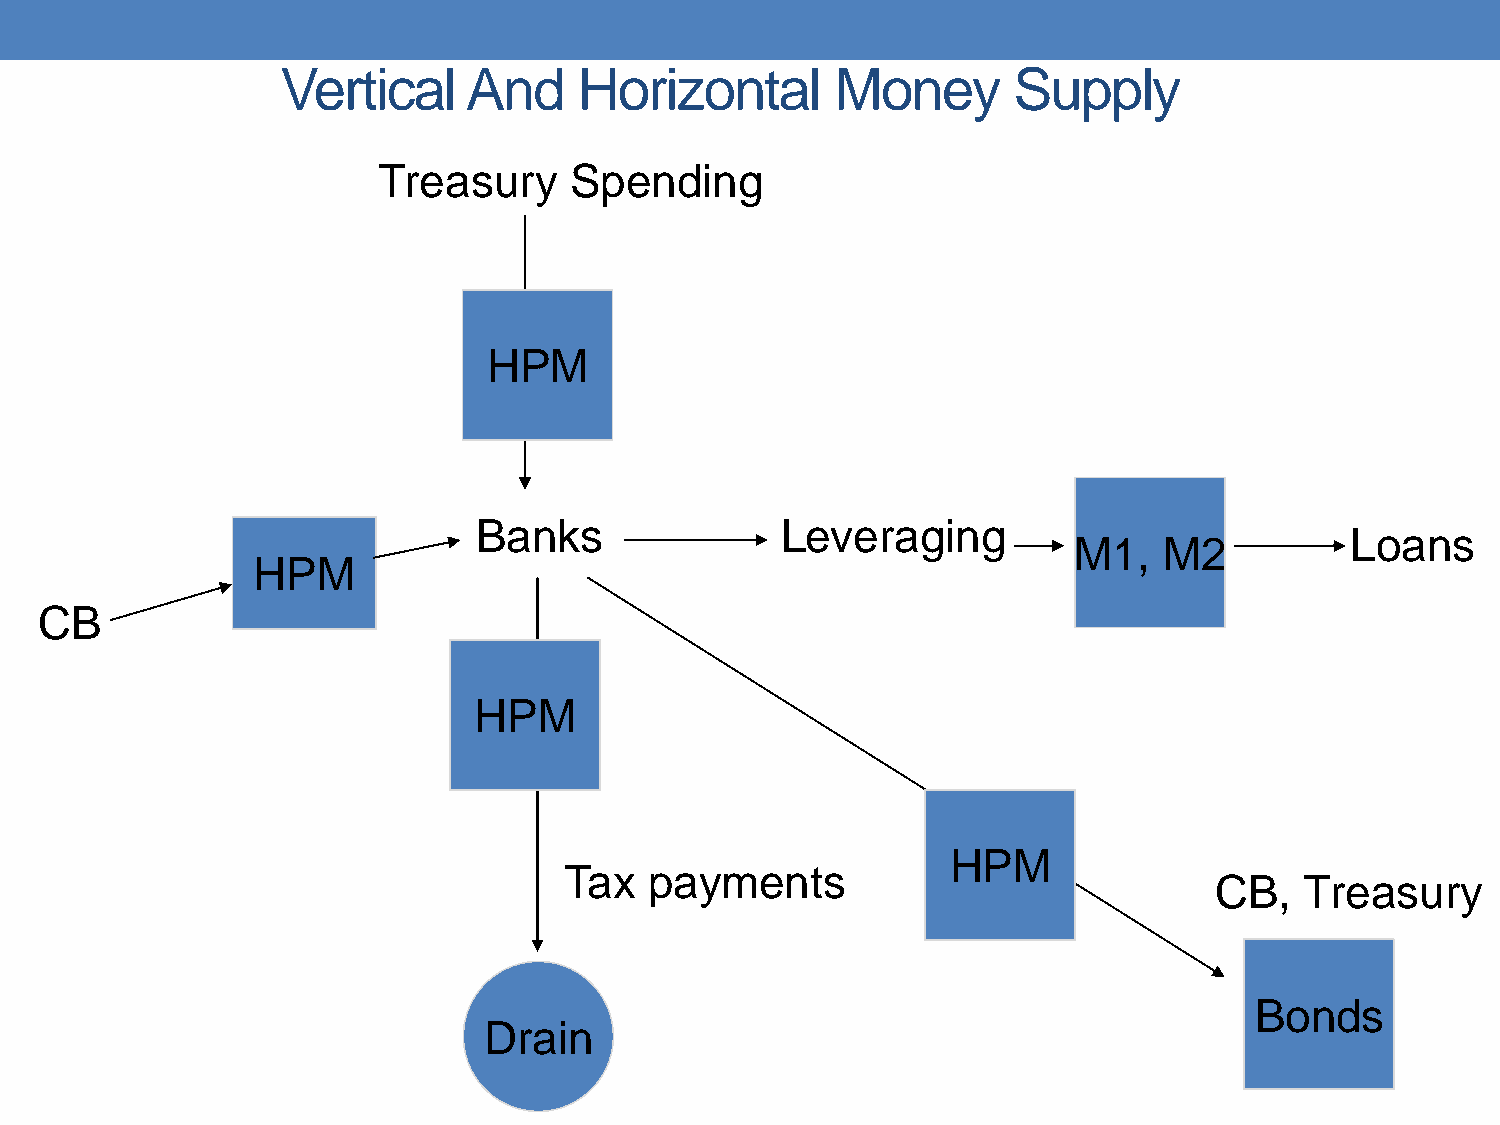
Vertical    And    Horizontal       Money       Supply
 Treasury     Spending
 HPM
 Banks               Leveraging
 Loans
 M1,   M2
 HPM
 CB
 HPM
 HPM
 Tax   payments
 CB,   Treasury
 Bonds
 Drain